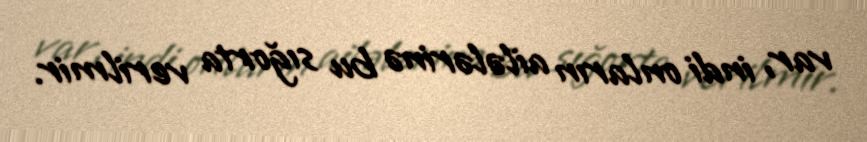
var, indi onların ailələrinə bu sığorta verilmir.